Madras plague regulations in force outside the Presidency town - Volume 2
Disease focus: Plague
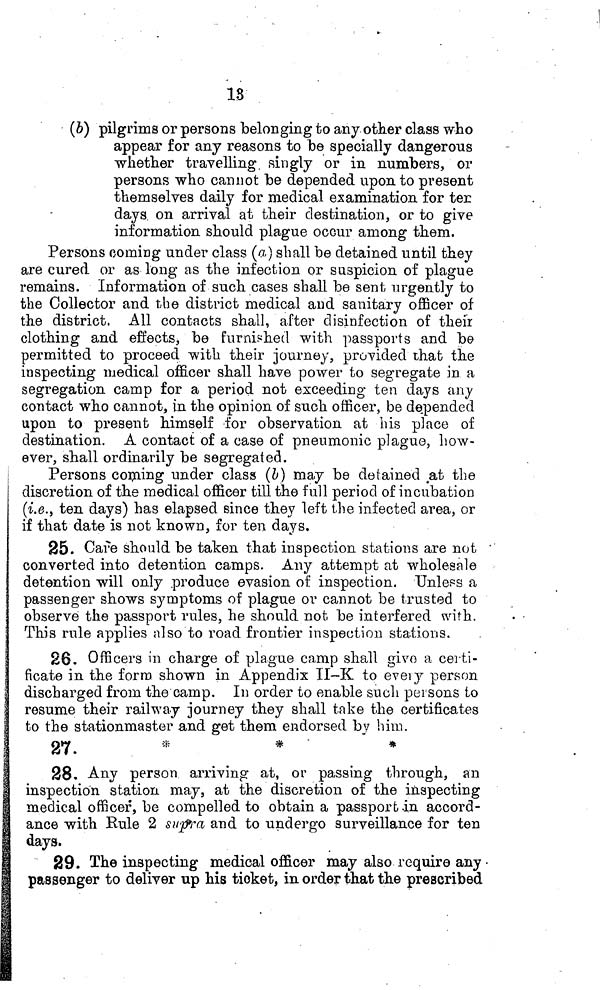
18
(b) pilgrims or persons belonging to any other class who
appear for any reasons to be specially dangerous
whether travelling singly or in numbers, or
persons who cannot be depended upon to present
themselves daily for medical examination for ter
days on arrival at their destination, or to give
information should plague occur among them.
Persons coming under class (a) shall be detained until they
are cured or as-long as the infection or suspicion of plague
remains. Information of such cases shall be sent urgently to
the Collector and the district medical and sanitary officer of
the district. All contacts shall, after disinfection of their
clothing and effects, be furnished with passports and be
permitted to proceed with their journey, provided that the
inspecting medical officer shall have power to segregate in a
segregation camp for a period not exceeding ten days any
contact who cannot, in the opinion of such officer, be depended
upon to present himself for observation at his place of
destination. A contact of a case of pneumonic plague, how-
ever, shall ordinarily be segregated.
Persons coming under class (b} may be detained at the
discretion of the medical officer till the full period of incubation
(i.e., ten days) has elapsed since they left the infected area, or
if that date is not known, for ten days.
25. Cave should be taken that inspection stations are not
converted into detention camps. Any attempt at wholesale
detention will only produce evasion of inspection. Unless a
passenger shows symptoms of plague or cannot be trusted to
observe the passport rules, he should not be interfered with.
This rule applies also to road frontier inspection stations.
26. Officers in charge of plague camp shall give a certi-
ficate in the forro shown in Appendix II-K to every person
discharged from the camp. In order to enable such persons to
resume their railway journey they shall take the certificates
to the stationmaster and get them endorsed by him.
27.
*
*
*
28. Any person arriving at, or passing through, an
inspection station may, at the discretion of the inspecting
medical officer, be compelled to obtain a passport in accord-
ance with Rule 2 supra and to undergo surveillance for ten
days.
29. The inspecting medical officer may also require any
passenger to deliver up his ticket, in order that the prescribed